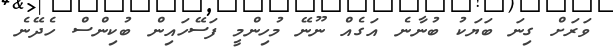
ވަރަށް ގިނަ ބަޔަކު ބުނާނެ އަގެއް ނޫނޭ މުހިންމީ ފަސޭހައިން ބުކިންސް ހެދޭނެ